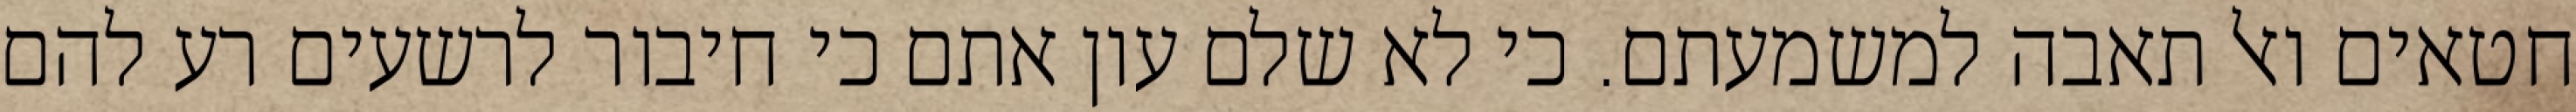
חטאים ואל תאבה למשמעתם. כי לא שלם עון אתם כי חיבור לרשעים רע להם